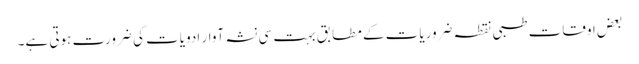
بعض اوقات طبی نقطہ ضروریات کے مطابق بہت سی نشہ آوار ادویات کی ضرورت ہوتی ہے۔